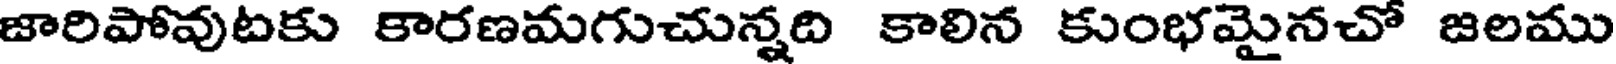
జారిపోవుటకు కారణమగుచున్నది కాలిన కుంభమైనచో జలము